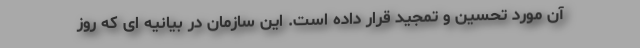
آن مورد تحسین و تمجید قرار داده است. این سازمان در بیانیه ای که روز